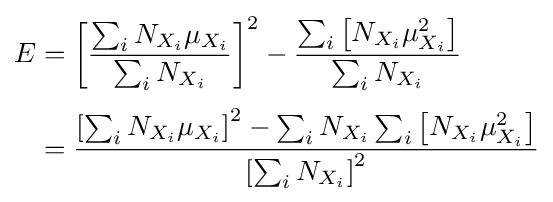
{\begin{aligned}E&=\left[{\frac {\sum _{i}N_{X_{i}}\mu _{X_{i}}}{\sum _{i}N_{X_{i}}}}\right]^{2}-{\frac {\sum _{i}\left[N_{X_{i}}\mu _{X_{i}}^{2}\right]}{\sum _{i}N_{X_{i}}}}\\[3pt]&={\frac {\left[\sum _{i}N_{X_{i}}\mu _{X_{i}}\right]^{2}-\sum _{i}N_{X_{i}}\sum _{i}\left[N_{X_{i}}\mu _{X_{i}}^{2}\right]}{\left[\sum _{i}N_{X_{i}}\right]^{2}}}\end{aligned}}